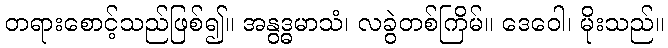
တရားစောင့်သည်ဖြစ်၍။ အနွဒ္ဓမာသံ၊ လခွဲတစ်ကြိမ်။ ဒေဝေါ၊ မိုးသည်။